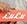
lulu